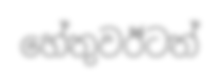
හේතුවඊටත්